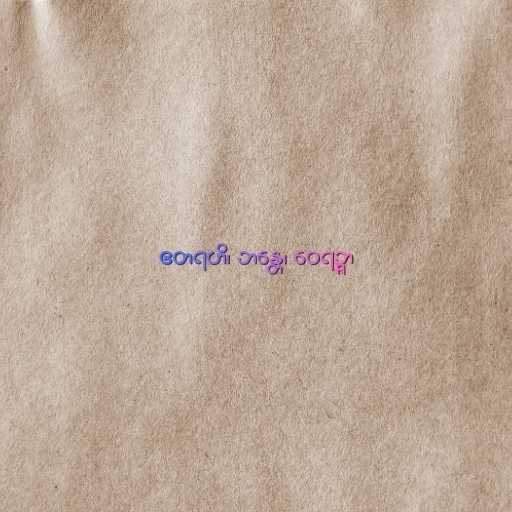
ဧတရဟိ၊ ဘန္တေ၊ ဝေရဉ္ဇာ